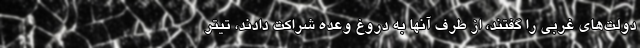
دولت‌های غربی را گفتند، از طرف آنها به دروغ وعده شراکت دادند، تیتر